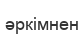
әркімнен